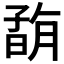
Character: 𡦇